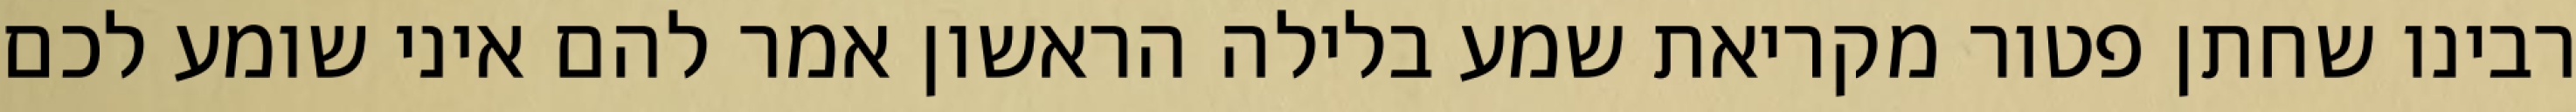
רבינו שחתן פטור מקריאת שמע בלילה הראשון אמר להם איני שומע לכם